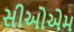
સીઓએમ